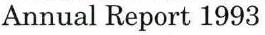
Annual Report 1993